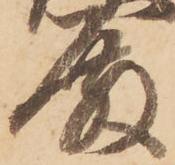
殿